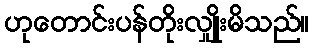
ဟုတောင်းပန်တိုးလျှိုးမိသည်။